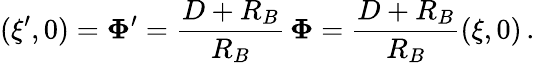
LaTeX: (\xi^{\prime},0)=\boldsymbol\Phi^{\prime}={\frac{D+R_{B}}{R_{B}}}\, \boldsymbol\Phi={\frac{D+R_{B}}{R_{B}}}(\xi,0)\, .